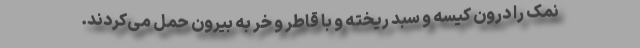
نمک را درون کیسه و سبد ریخته و با قاطر و خر به بیرون حمل می‌کردند.